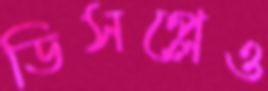
ডিসপ্লেও